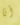
أنا